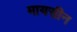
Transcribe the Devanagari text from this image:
मायसीन